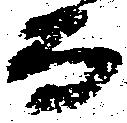
而